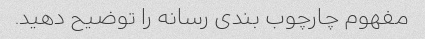
مفهوم چارچوب بندی رسانه را توضیح دهید.